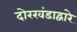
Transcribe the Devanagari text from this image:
दोरखंडाद्वारे